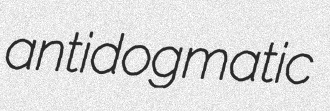
antidogmatic